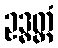
ဥဒ္ဓတ္တံ